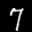
Label: 7